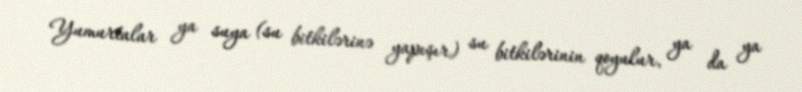
Yumurtalar ya suya (su bitkilərinə yapışır) su bitkilərinin qoyulur, ya da ya